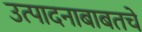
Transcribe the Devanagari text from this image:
उत्पादनाबाबतचे